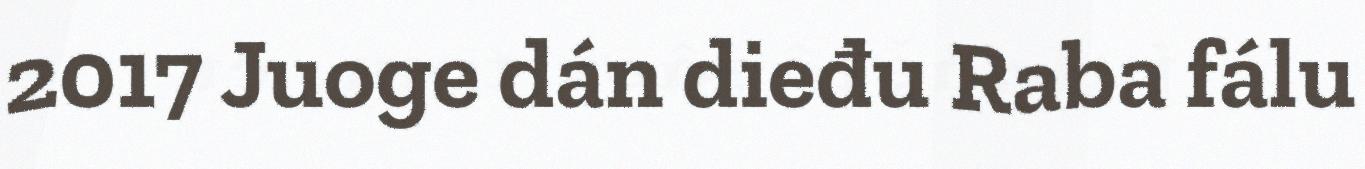
2017 Juoge dán dieđu Raba fálu